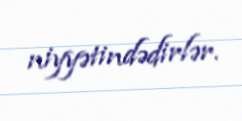
niyyətindədirlər.